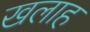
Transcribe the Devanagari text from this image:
खलाह